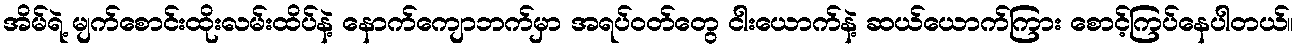
အိမ်ရဲ့ မျက်စောင်းထိုးလမ်းထိပ်နဲ့ နောက်ကျောဘက်မှာ အရပ်ဝတ်တွေ ငါးယောက်နဲ့ ဆယ်ယောက်ကြား စောင့်ကြပ်နေပါတယ်။